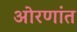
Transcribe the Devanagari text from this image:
ओरणांत